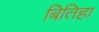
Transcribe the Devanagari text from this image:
बितिहा